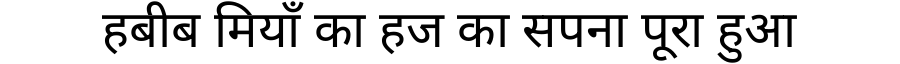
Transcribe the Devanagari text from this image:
हबीब मियाँ का हज का सपना पूरा हुआ